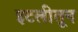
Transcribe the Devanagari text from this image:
इटलीतून